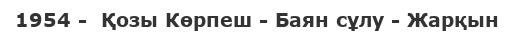
1954 -  Қозы Көрпеш - Баян сұлу - Жарқын